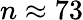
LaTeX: n\approx 73